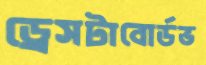
ড্রেসটাবোর্ডভ